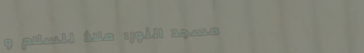
مسجد النور: ملاذ للسلام و